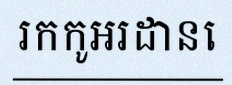
រកកូអរដោនេ